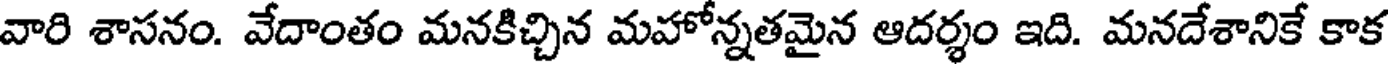
వారి శాసనం. వేదాంతం మనకిచ్చిన మహోన్నతమైన ఆదర్శం ఇది. మనదేశానికే కాక